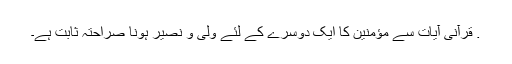
. قرآنی آیات سے مؤمنین کا ایک دوسرے کے لئے ولی و نصیر ہونا صراحتہً ثابت ہے۔